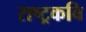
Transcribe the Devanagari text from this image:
राष्‍ट्रकवि